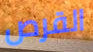
القرص